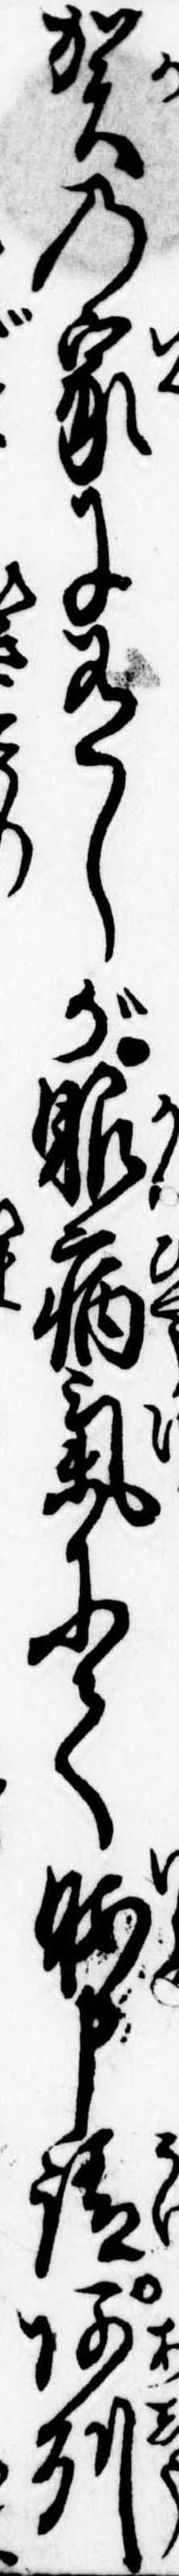
賀の家に有しが眼病気にて暇申請阿州